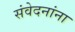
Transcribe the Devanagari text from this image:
संवेदनांना